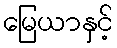
မြေယာနှင့်